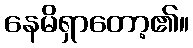
နေမိရှာတော့၏။